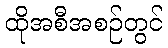
ထိုအစီအစဉ်တွင်